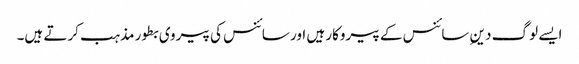
ایسے لوگ دینِ سائنس کے پیروکار ہیں اور سائنس کی پیروی بطور مذہب کرتے ہیں۔